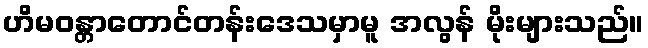
ဟိမဝန္တာတောင်တန်းဒေသမှာမူ အလွန် မိုးများသည်။